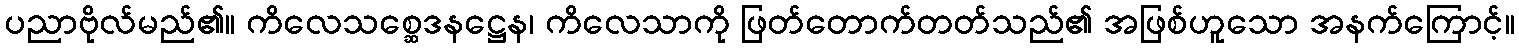
ပညာဗိုလ်မည်၏။ ကိလေသစ္ဆေဒနဋ္ဌေန၊ ကိလေသာကို ဖြတ်တောက်တတ်သည်၏ အဖြစ်ဟူသော အနက်ကြောင့်။